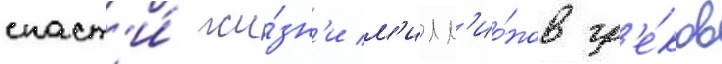
спаст'и́ жи́зн'и м'илл'ио́нов гр'е́ков